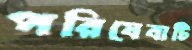
পরিষেবাটি